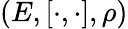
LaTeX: (E,[\cdot,\cdot],\rho)